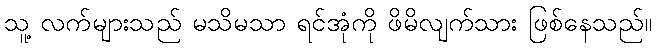
သူ့ လက်များသည် မသိမသာ ရင်အုံကို ဖိမိလျက်သား ဖြစ်နေသည်။